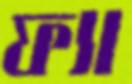
ফ্যা